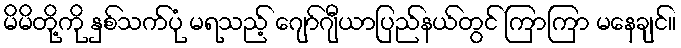
မိမိတို့ကို နှစ်သက်ပုံ မရသည့် ဂျော်ဂျီယာပြည်နယ်တွင် ကြာကြာ မနေချင်။